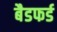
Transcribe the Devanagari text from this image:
बैडफर्ड